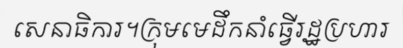
សេនាធិការ។ក្រុមមេដឹកនាំធ្វើរដ្ឋប្រហារ